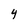
Character: 4